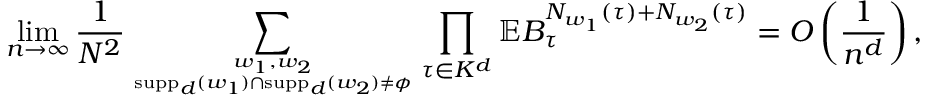
\operatorname* { l i m } _ { n \rightarrow \infty } \frac { 1 } { N ^ { 2 } } \sum _ { w _ { 1 } , w _ { 2 } \atop \operatorname { s u p p } _ { d } ( w _ { 1 } ) \cap \operatorname { s u p p } _ { d } ( w _ { 2 } ) \neq \phi } \prod _ { \tau \in K ^ { d } } \mathbb { E } B _ { \tau } ^ { N _ { w _ { 1 } } ( \tau ) + N _ { w _ { 2 } } ( \tau ) } = O \left( \frac { 1 } { n ^ { d } } \right) ,